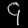
Digit: ၄